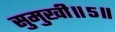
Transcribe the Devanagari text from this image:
सुमुखी॥५॥